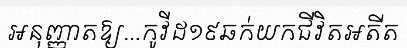
អនុញ្ញាតឱ្យ...កូវីដ១៩ឆក់យកជីវិតអតីត